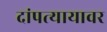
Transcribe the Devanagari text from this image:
दांपत्यायावर